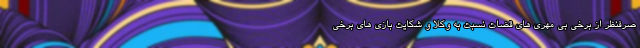
صرفنظر از برخی بی مهری های قضات نسبت به وکلا و شکایت بازی های برخی